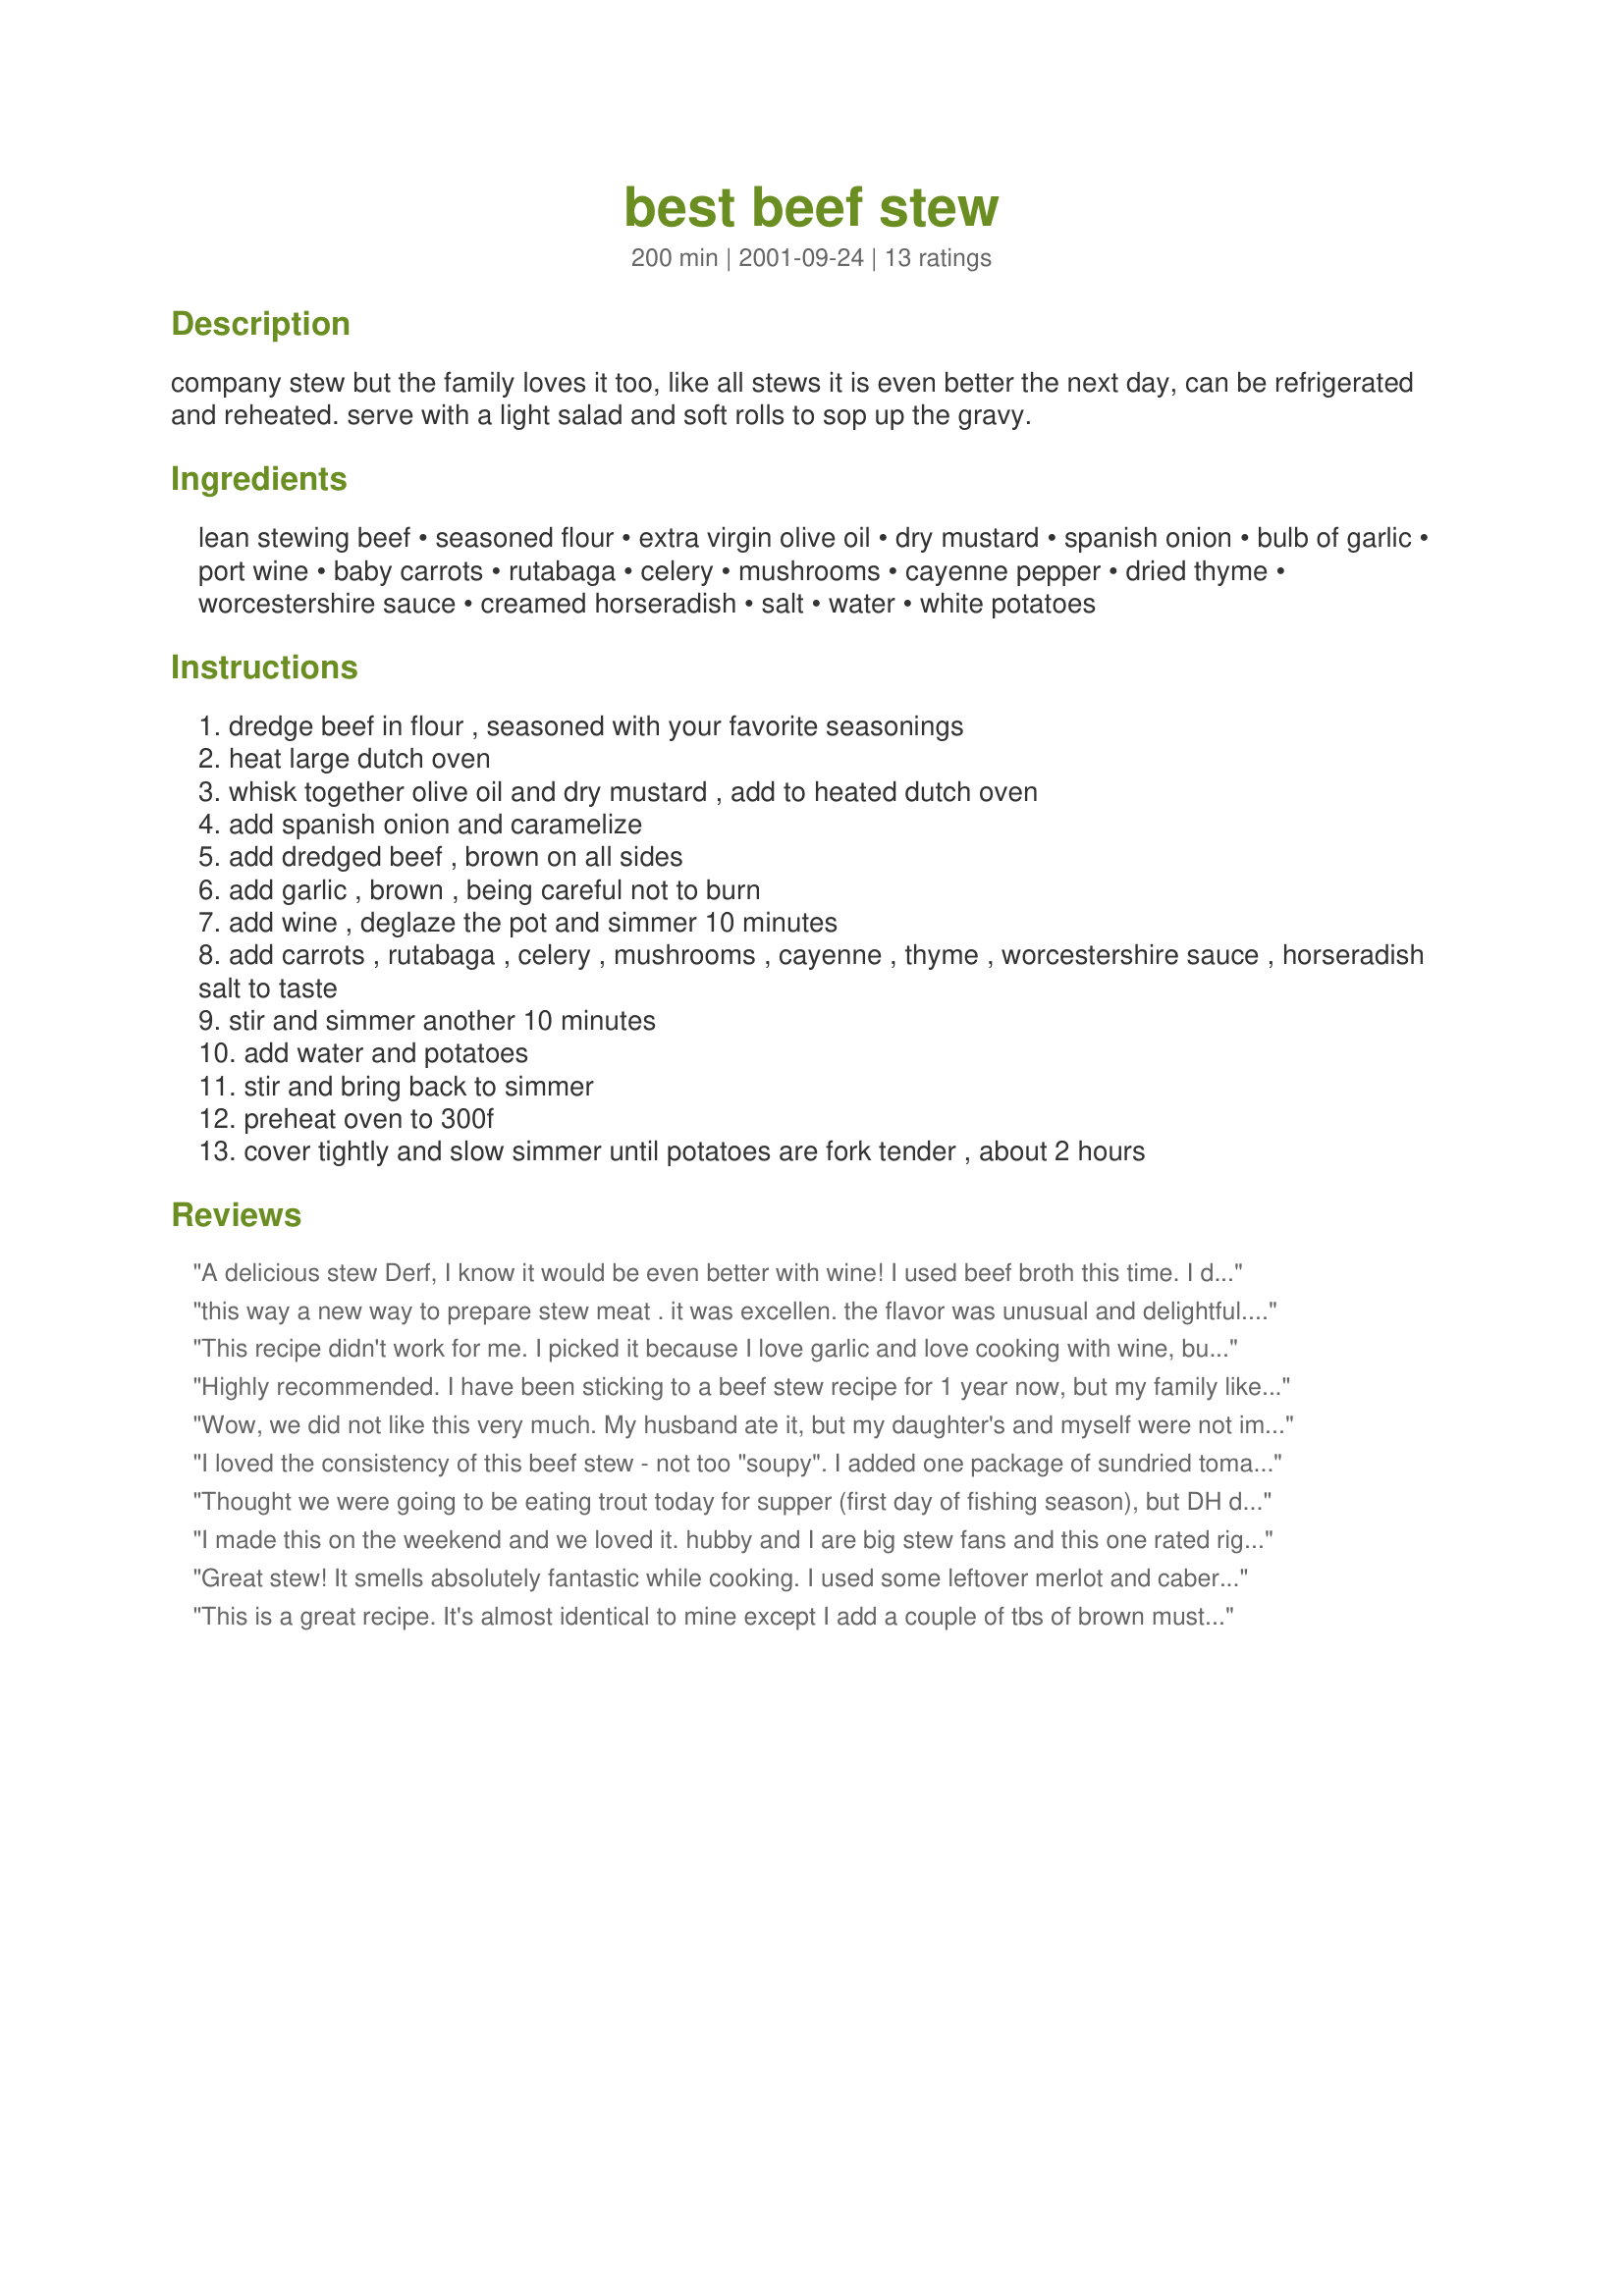
best beef stew
Preparation time: 200 minutes

company stew but the family loves it too, like all stews it is even better the next day, can be refrigerated and reheated. serve with a light salad and soft rolls to sop up the gravy.

Ingredients:
lean stewing beef, seasoned flour, extra virgin olive oil, dry mustard, spanish onion, bulb of garlic, port wine, baby carrots, rutabaga, celery, mushrooms, cayenne pepper, dried thyme, worcestershire sauce, creamed horseradish, salt, water, white potatoes

Steps:
dredge beef in flour , seasoned with your favorite seasonings
heat large dutch oven
whisk together olive oil and dry mustard , add to heated dutch oven
add spanish onion and caramelize
add dredged beef , brown on all sides
add garlic , brown , being careful not to burn
add wine , deglaze the pot and simmer 10 minutes
add carrots , rutabaga , celery , mushrooms , cayenne , thyme , worcestershire sauce , horseradish salt to taste
stir and simmer another 10 minutes
add water and potatoes
stir and bring back to simmer
preheat oven to 300f
cover tightly and slow simmer until potatoes are fork tender , about 2 hours

Reviews:
A delicious stew Derf, I know it would be even better with wine! I used beef broth this time. I did not add the celery or potatoes, I made dumplings DH's favourite! A great flavourful meal on a cold winter day.
this way a new way to prepare stew meat . it was excellen. the flavor was unusual and delightful. thanks for the change in pace.....patsy
This recipe didn't work for me. I picked it because I love garlic and love cooking with wine, but the result was terrible. Sorry. It's just too much wine! I used a mid-priced bottle, and the flavor was just too harsh. Maybe this would work with a really really nice wine, but I'm not willing to spend that much for wine to cook with-- to drink, yes. To cook, no.

Anyway, I fiddled around with the seasonings for a half-hour or so and did my best to cover that hot-cooked-wine flavor. Sorry Derf... thanks anyway! :)
Highly recommended. I have been sticking to a beef stew recipe for 1 year now, but my family liked this a lot I will have to make it often from now on. Temperature, cooking time were all okay and the odd mix of ingredients - rutabaga, head of celery, etc. infused the traditional beef stew with better taste. I used high quality Spanish red wine. The addition of creamed horseradish made everything taste much better than the usual beef stew. Who´d ever think horseradish tastes good in a stew. I always thought it would be too strong in a stew, but it turned out so well. Thank you so much Derf, we will make this again and again !
Wow, we did not like this very much. My husband ate it, but my daughter's and myself were not impressed at all. The only substitution that I made was to use beef broth instead of water. I am not sure what happened, but I won't be making this again.
I loved the consistency of this beef stew - not too "soupy". I added one package of sundried tomatoes which worked very well with the other flavors. Thanks, Derf!
Thought we were going to be eating trout today for supper (first day of fishing season), but DH didn't catch any. No matter, thoroughly enjoyed making and eating your stew instead. The only thing I didn't add was the horseradish as I didn't have any. Whenever I used to visit my grandparents as a child and they served up beef stew they always had "dough boys" to go along with it and I now do the same. I like them for sopping up the gravy. Great recipe and will be making again. Thanks Derf.
I made this on the weekend and we loved it. hubby and I are big stew fans and this one rated right up there! I used red wine as I did not have Port wine on hand and it turned out great! I was a little apprehensive about the horseradish, but wow did it make a great difference! Thanks Dorothy!
Great stew! It smells absolutely fantastic while cooking. I used some leftover merlot and cabernet for the wine. I also left out the mushrooms. It is a bit of work, but well worth it. Thanks for sharing!
This is a great recipe. It's almost identical to mine except I add a couple of tbs of brown mustard to mine. The combo of the horseradish and mustard is WONDERFUL!! Give it a try. WTG on this recipe.
The recipe was pretty easy and the results were terrific.
The only thing I added were peas. The Port wine gave it a very slightly sweet flavor though I'm sure a good red would have been fine as I could have drank the red with the meal.
Thanks Derf
I have been making this stew for years. Thanks Derf. I almost panicked when I realized the site had changed and I thought I had lost my recipe book. I would not make beef stew with any other recipe. The only thing I would disagree with is the stew tasting better the next day. I have never had leftovers to find out!!!
This had such a wonderful flavor & the taste was perfect! Thanks for sharing. Katherine in Alberta
